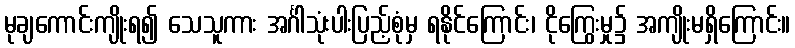
မုချကောင်းကျိုးရ၍ သေသူကား အင်္ဂါသုံးပါးပြည့်စုံမှ ရနိုင်ကြောင်း၊ ငိုကြွေးမှု၌ အကျိုးမရှိကြောင်း။